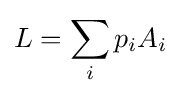
L=\sum _{i}p_{i}A_{i}